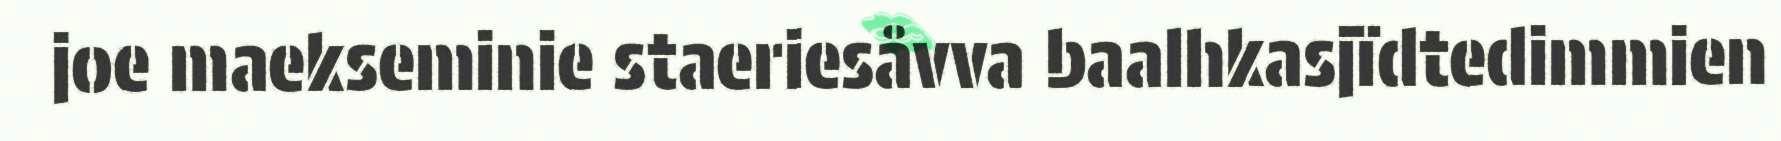
joe maekseminie staeriesåvva baalhkasjïdtedimmien